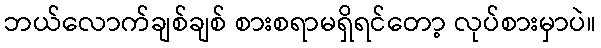
ဘယ်လောက်ချစ်ချစ် စားစရာမရှိရင်တော့ လုပ်စားမှာပဲ။